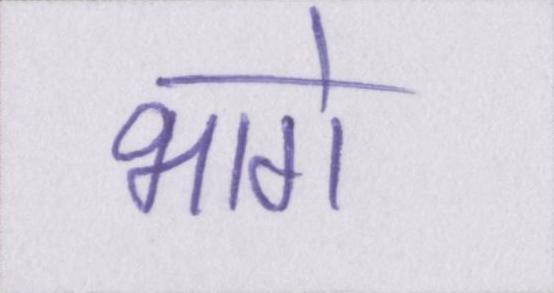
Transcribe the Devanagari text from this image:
भागे